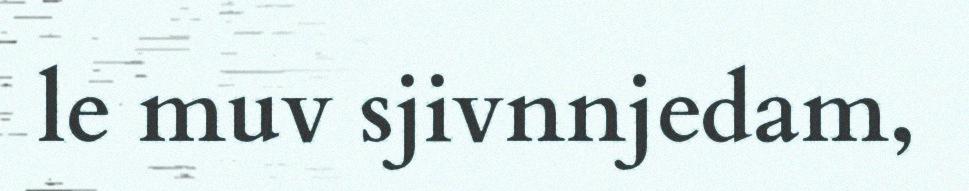
le muv sjivnnjedam,